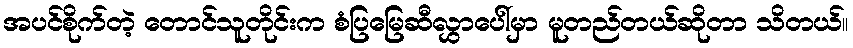
အပင်စိုက်တဲ့ တောင်သူတိုင်းက စံပြမြေဆီလွှာပေါ်မှာ မူတည်တယ်ဆိုတာ သိတယ်။